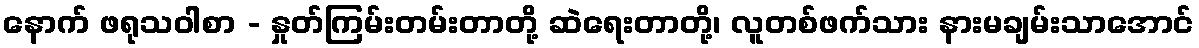
နောက် ဖရုသဝါစာ - နှုတ်ကြမ်းတမ်းတာတို့ ဆဲရေးတာတို့၊ လူတစ်ဖက်သား နားမချမ်းသာအောင်